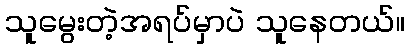
သူမွေးတဲ့အရပ်မှာပဲ သူနေတယ်။